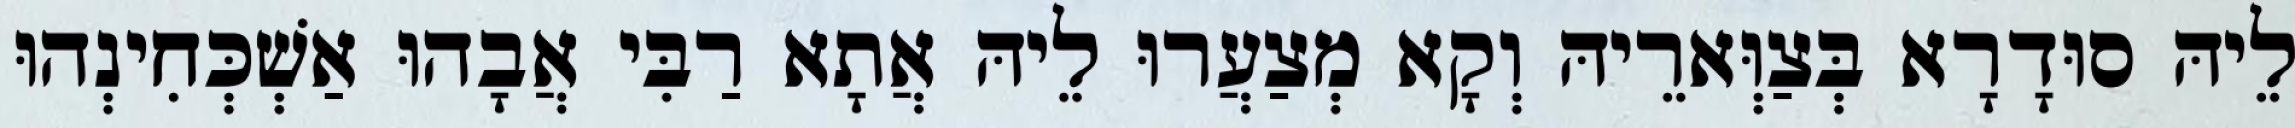
לֵיהּ סוּדָרָא בְּצַוְּארֵיהּ וְקָא מְצַעֲרוּ לֵיהּ אֲתָא רַבִּי אֲבָהוּ אַשְׁכְּחִינְהוּ